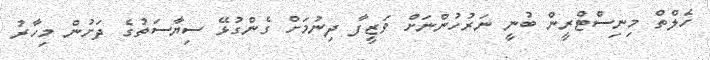
ހެލްތް މިނިސްޓްރީން ބުނީ ނަރުހުންނަށް ވަޒީފާ ދިނުމަށް ގެންގުޅޭ ސިޔާސަތުގެ ދަށުން މިހާރު